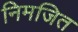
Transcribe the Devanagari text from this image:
निमजित